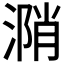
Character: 𣹝